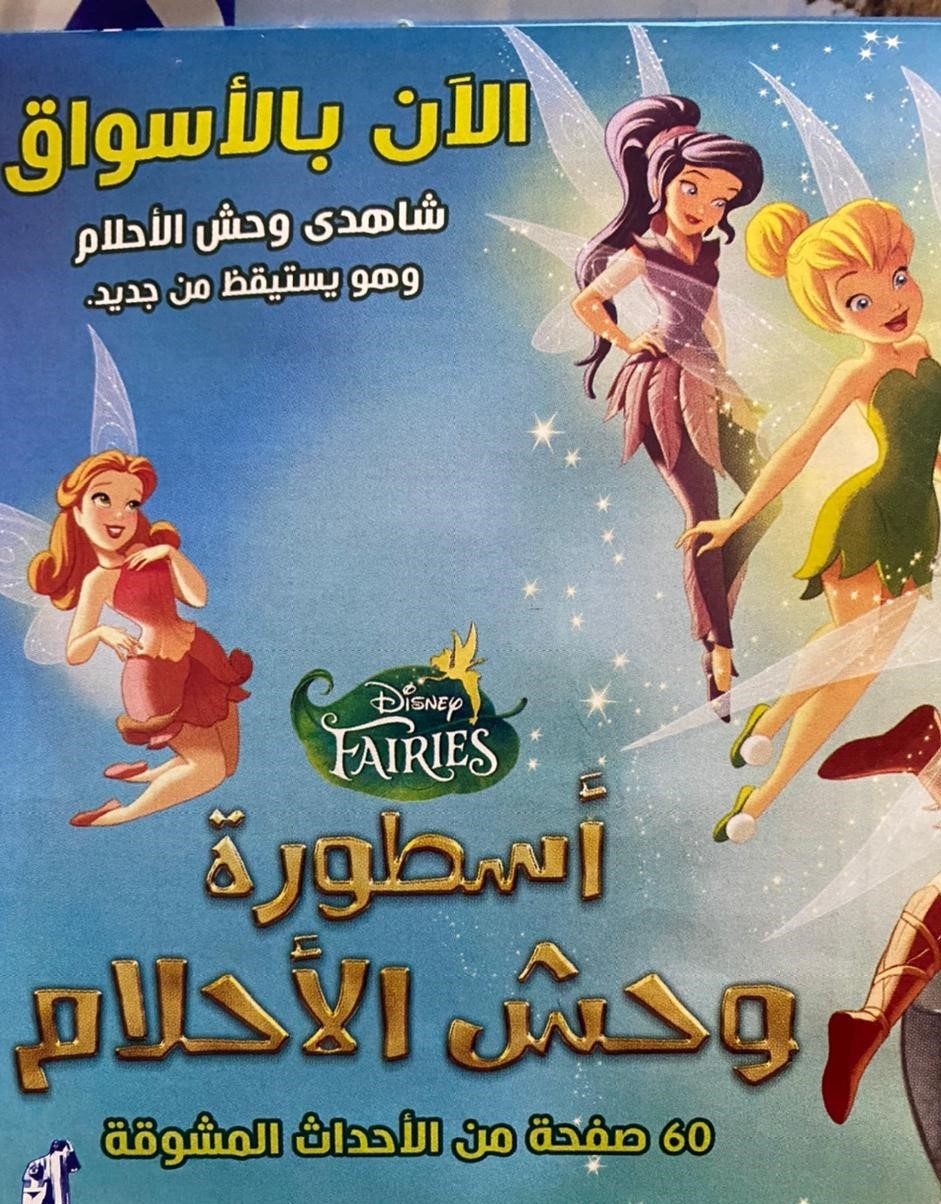
Text in image: الآن بالأسواق شاهدى وحش الأحلام وهو يستيقظ من جديد. أسطورة الأحلام وحش الأحداث صفحة المشوقة من DiSNEy FAIRIES 60